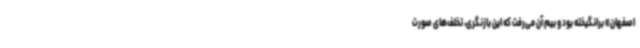
اصفهان» برانگیخته بود و بیم آن می‌رفت که این بازنگری، تخلف‌های صورت